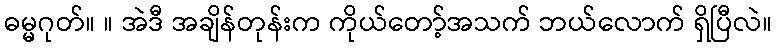
ဓမ္မဂုတ်။ ။ အဲဒီ အချိန်တုန်းက ကိုယ်တော့်အသက် ဘယ်လောက် ရှိပြီလဲ။